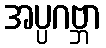
အပ္ပဂဗ္ဘာ